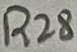
Text: R28